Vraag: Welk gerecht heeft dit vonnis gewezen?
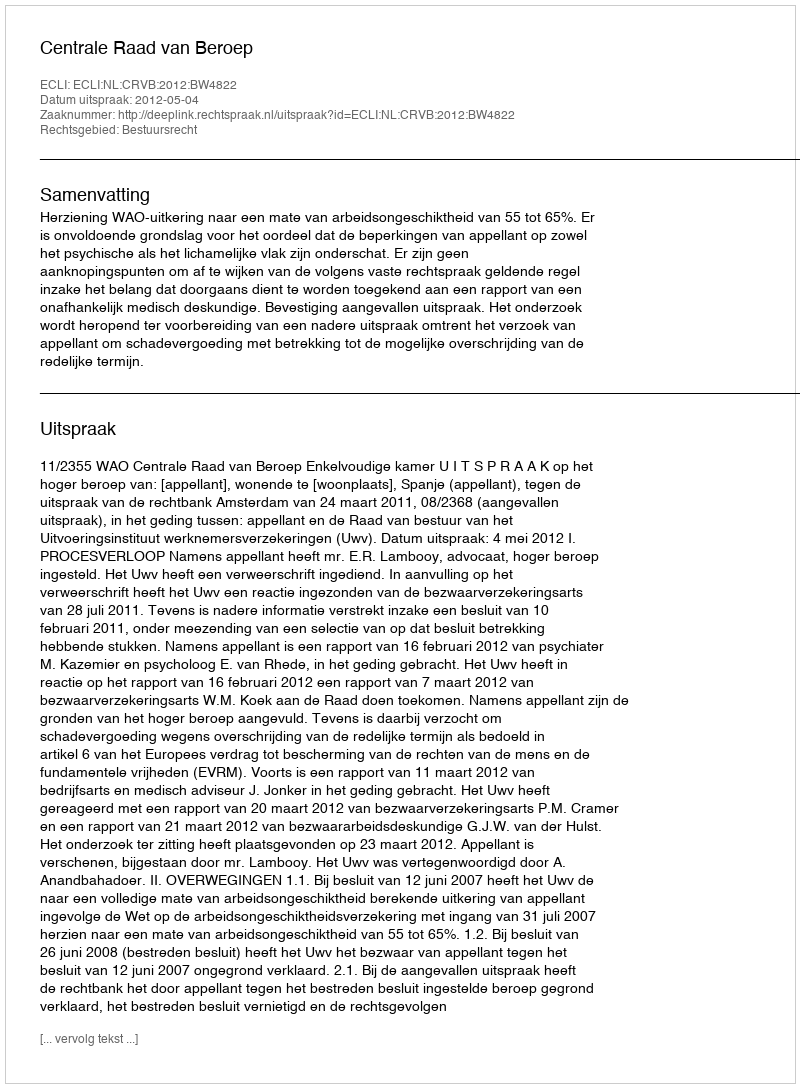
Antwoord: Centrale Raad van Beroep